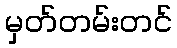
မှတ်တမ်းတင်